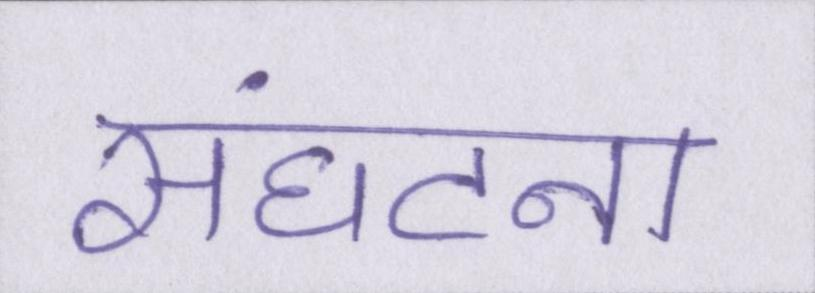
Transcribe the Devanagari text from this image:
संघटना